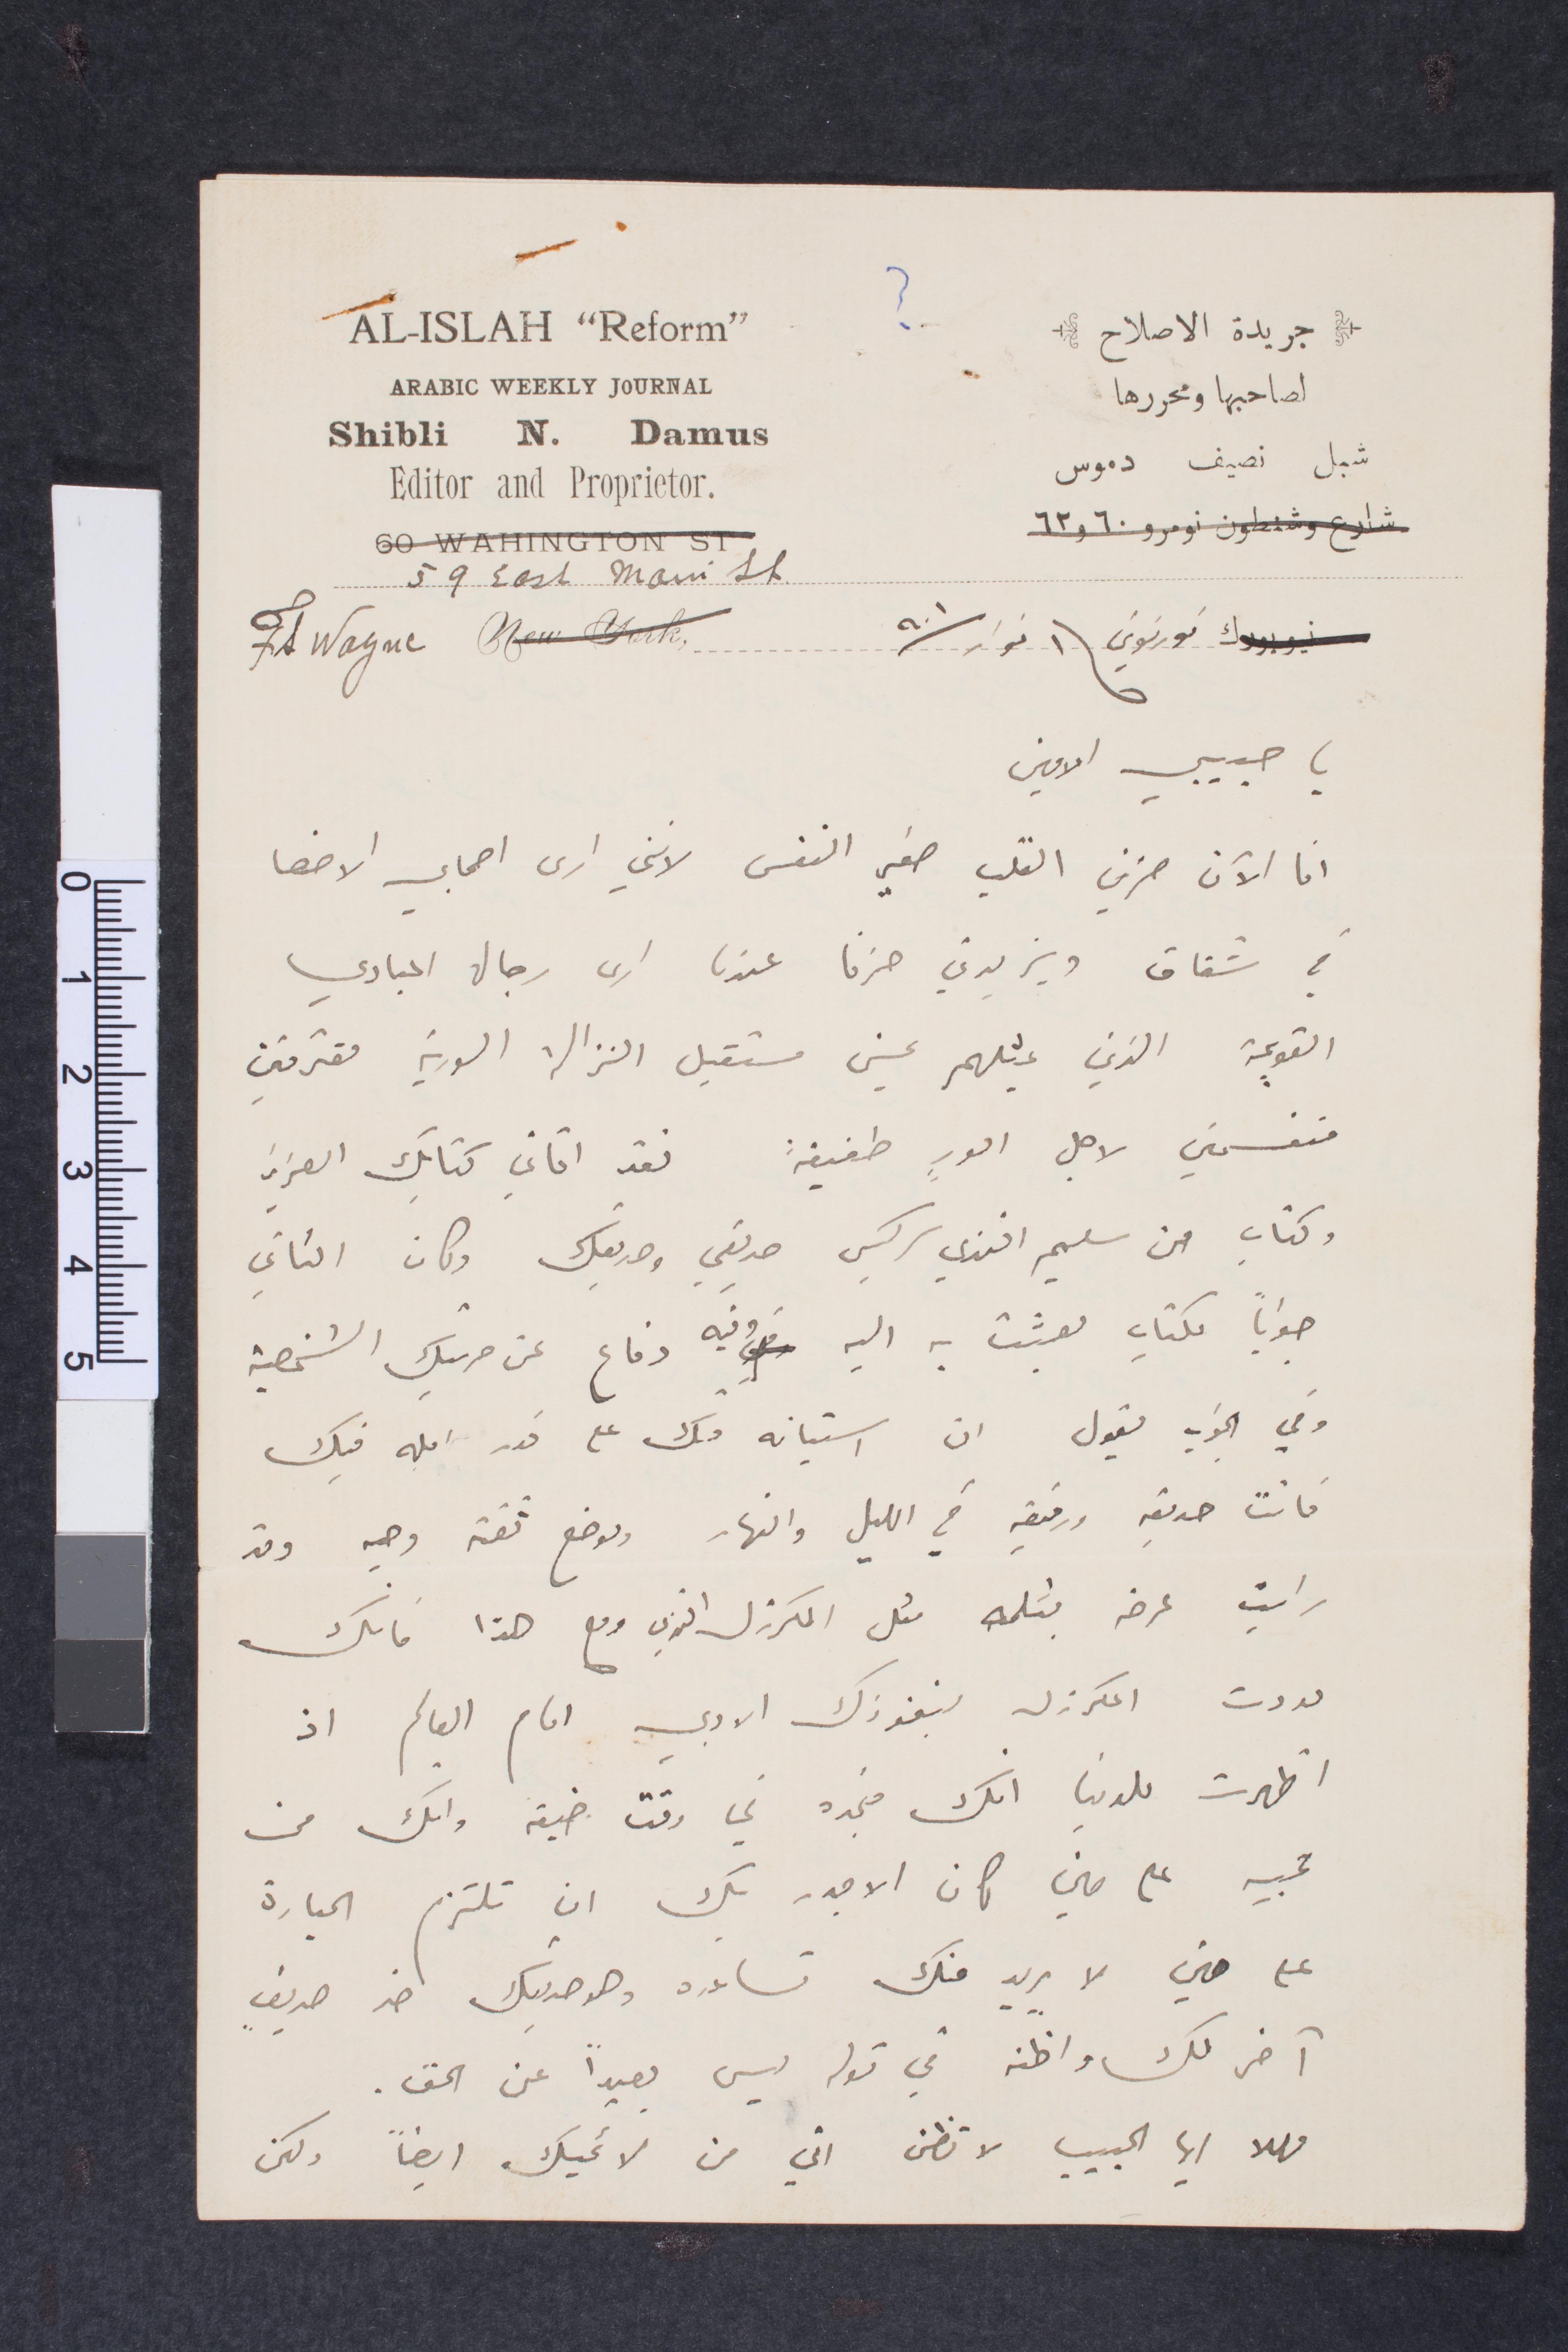
جريدة الإصلاح
لصاحبها ومحررها
شبل نصيف دموس
 فورتوين في ١ نوار ١٩٠١
يا حبيبي الأمين
انا الآن حزين القلب صغير النفس لانني أرى اصحابي الاحق
في شقاق ويزيدني حزنًا عندما أرى رجال المبادي
القويمة الذين بمثلهم يحسن مستقبل الزنالة السورية مقترفين
منقسمين لاجل أمور طفيفة فقد اتاني كتابك العزيز
وكتاب من سليم افندي سركيس صديقي وصديقك وكان الثاني
جوابًا لكتاب بعثت به اليه وفيه دفاع عن حريتك الشخصية
وفي الجواب يقول ان استيائه منك على قدر امله فيك
فانت صديقه ورفيقه في الليل والنار وموضع ثقته وحيد وقد
رايت عرض بقلمه مثل المكرزل افندي ومع هذا فانك
عدوت المكرزل بنفوذك الادبي امام العالم اذ
أظهرت للدنيا انك منجده في وقت ضيقه. وانك من
تحبه على مين كان الاجدر منك ان تلتزم المبادرة
على مين لا يريد منك تساعده وهو صديقك اخر صديق
آخر لك واظنه في قوله ليس بعيدًا عن الحق
مهلا أيها الحبيب لا تظن اني من لائميك ايضًا ولكن